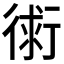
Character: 𧗷